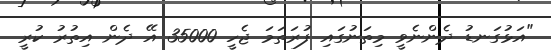
"އަޅުގަނޑު ދެންނެވީ މިތަނުގައި ފުރަތަމަ ޖެހީ 35000 އޭ ދެން އިތުރު ކުރީ